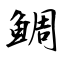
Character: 鯛